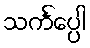
သင်္ကပ္ပေါ